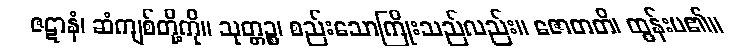
ဇဋာနံ၊ ဆံကျစ်တို့ကို။ သုတ္တဉ္စ၊ စည်းသောကြိုးသည်လည်း။ ဇောတတိ၊ ထွန်းပ၏။